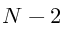
N - 2